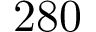
2 8 0